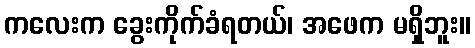
ကလေးက ခွေးကိုက်ခံရတယ်၊ အဖေက မရှိဘူး။